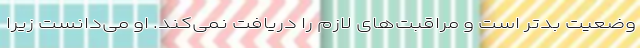
وضعیت بدتر است و مراقبت‌‌های لازم را دریافت نمی‌کند. او می‌دانست زیرا